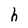
Character: h